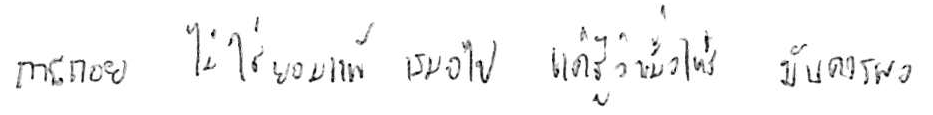
การถอย ไม่ใช่ยอมแพ้ เสมอไป แค่รู้ว่าเมื่อไหร่ มันควรพอ